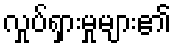
လှုပ်ရှားမှုများ၏